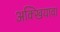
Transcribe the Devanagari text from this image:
अक्खियावा